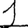
Digit: 1